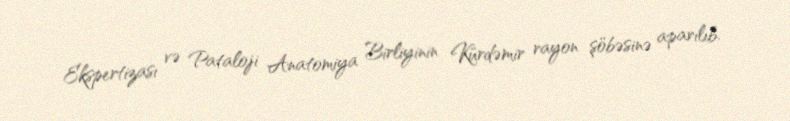
Ekspertizası və Pataloji Anatomiya Birliyinin Kürdəmir rayon şöbəsinə aparılıb.